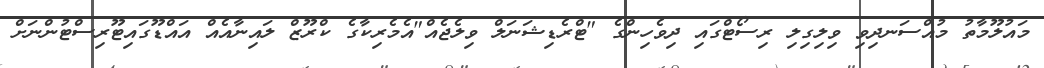
މައުލޫމާތު މުއްސަނދިވި ވިލިގިލި ރިސޯޓްގައި ދިވެހިންގެ "ޓްރެޑިޝަނަލް ވިލެޖެއް"އެމެރިކާގެ ކްރޫޒް ލައިނާއެއް އައްޑޫގައިޓޫރިސްޓުންނަށް